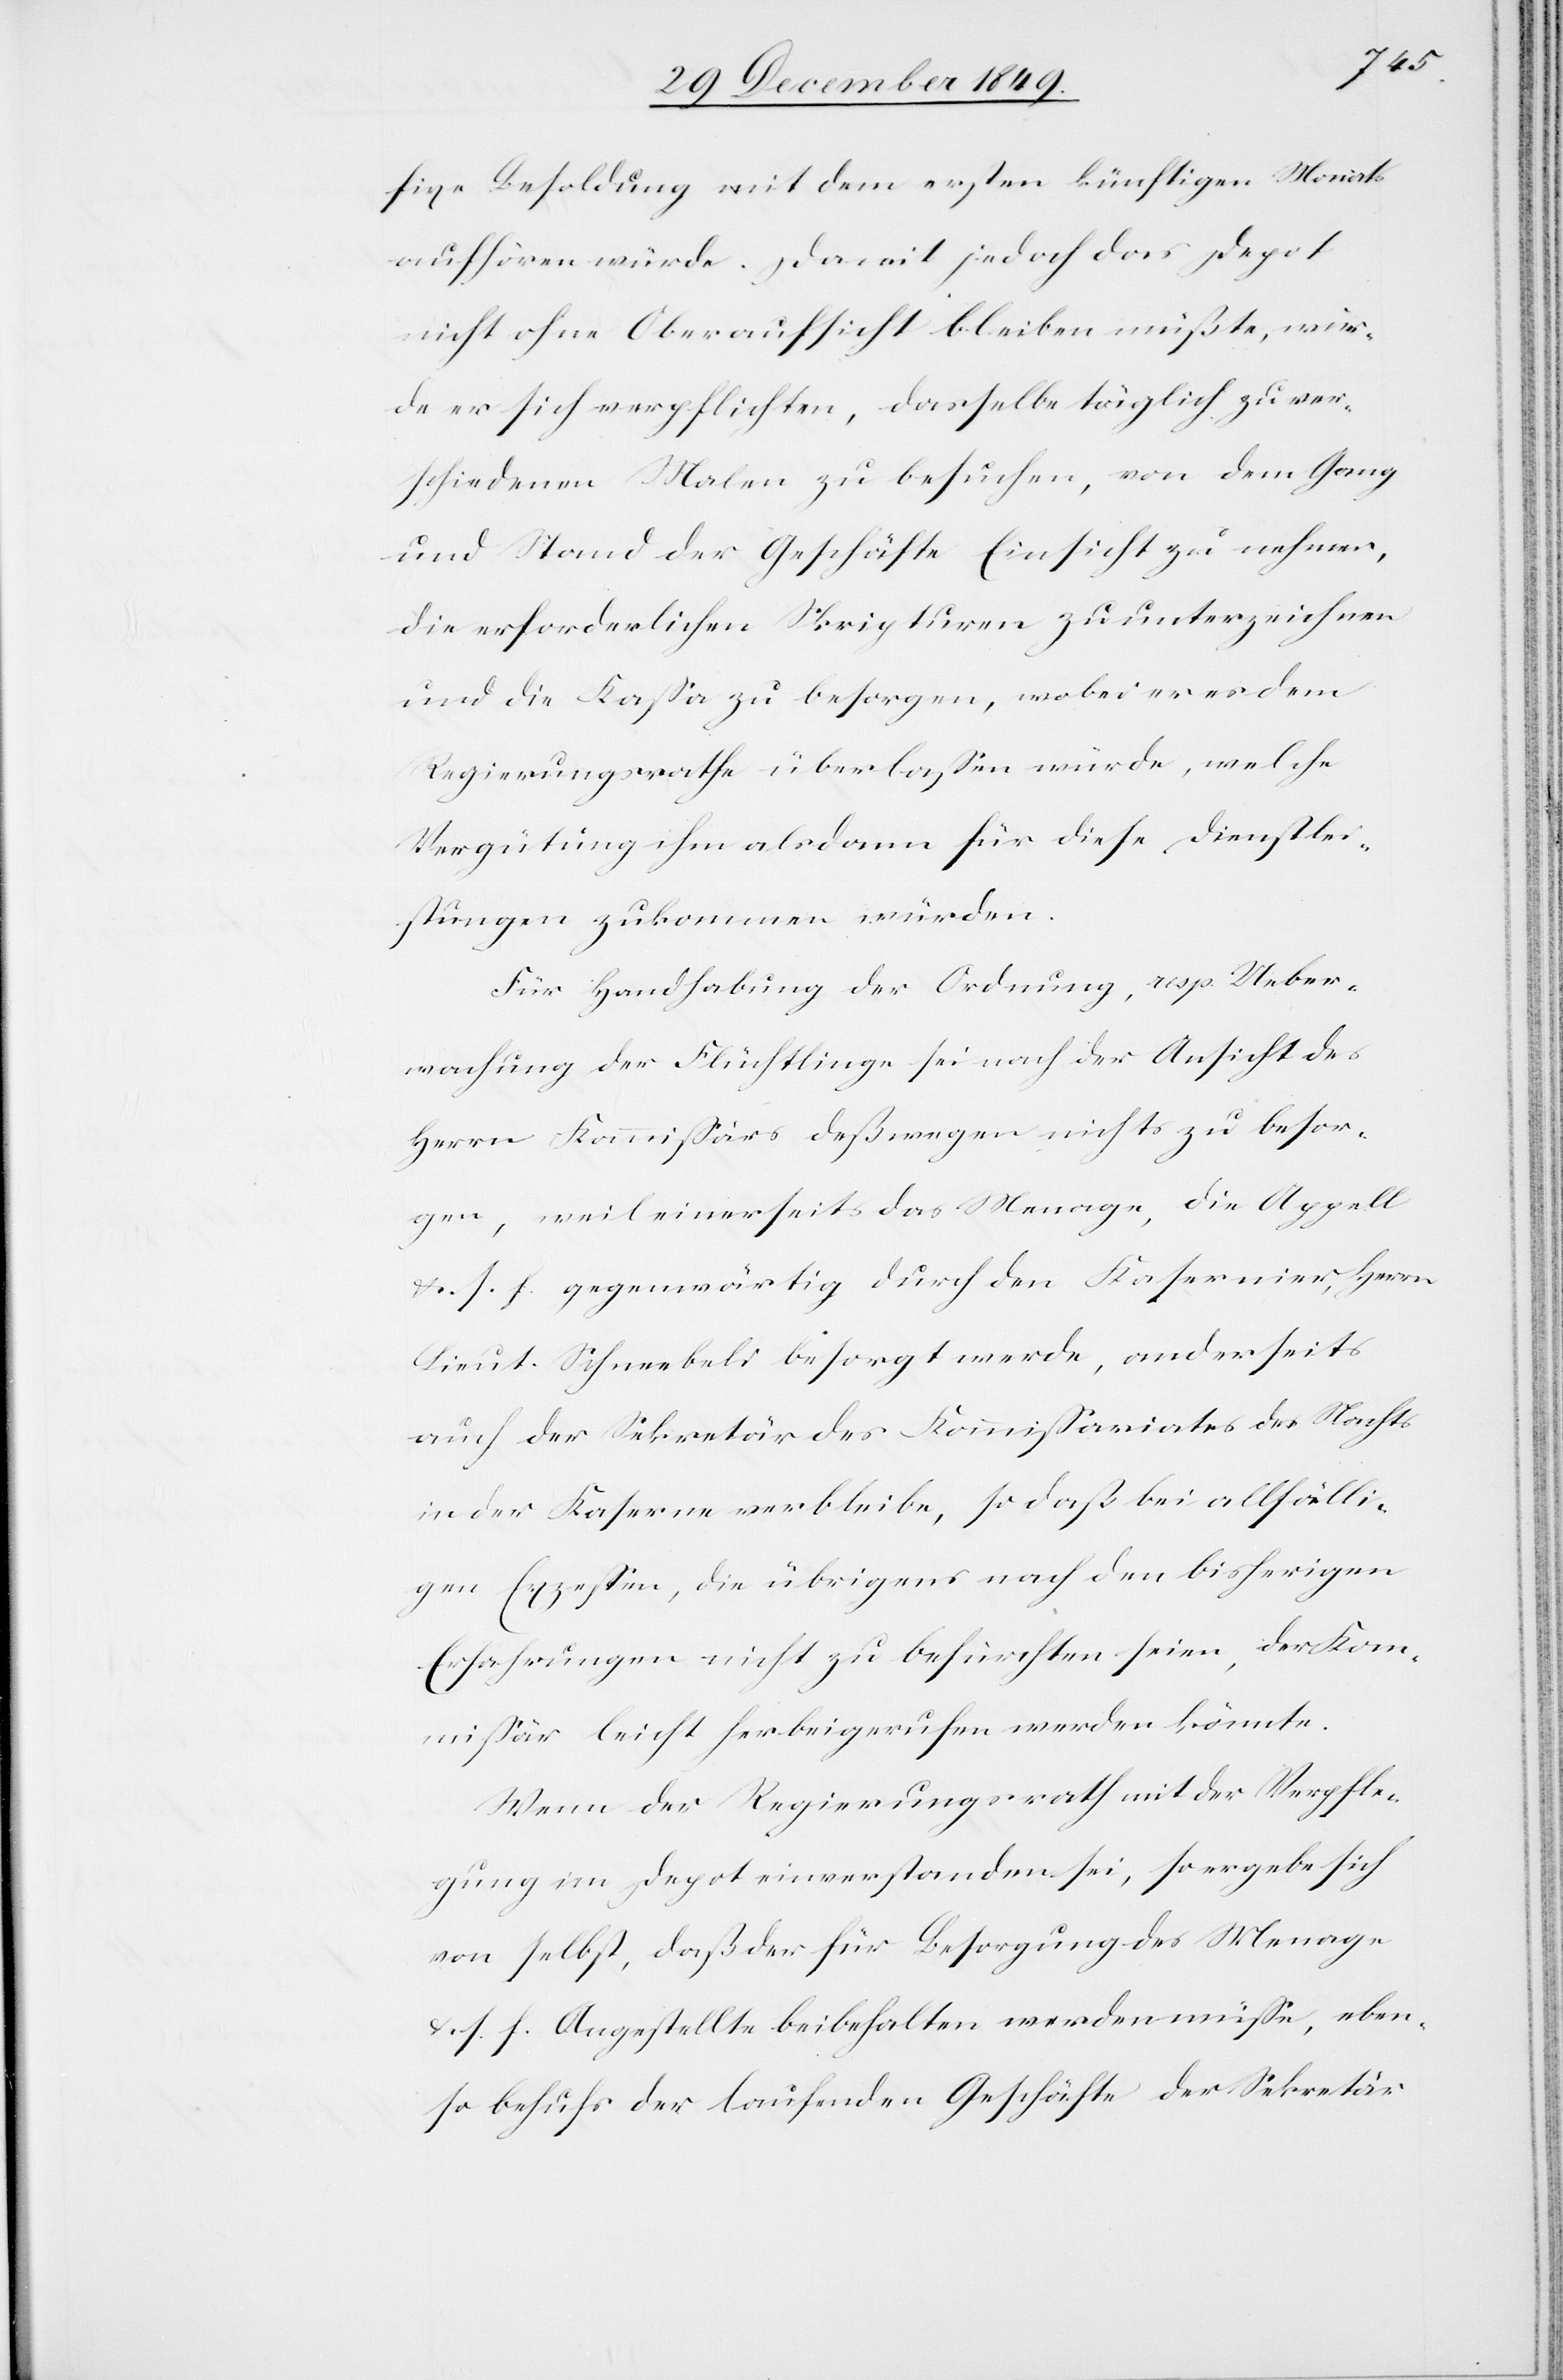
fixe Besoldung mit dem ersten künftigen Monats
aufhören würde. Damit jedoch das Depot
nicht ohne Oberaufsicht bleiben müßte, wür¬
de er sich verpflichten, dasselbe täglich zu ver¬
schiedenen Malen zu besuchen, von dem Gang
und Stand der Geschäfte Einsicht zu nehmen,
die erforderlichen Skripturen zu unterzeichnen
und die Kaßa zu besorgen, wobei er es dem
Regierungsrathe überlaßen würde, welche
Vergütung ihm alsdann für diese Dienstlei¬
stungen zukommen würden.
Für Handhabung der Ordnung, resp. Ueber¬
machung der Flüchtlinge sei nach der Ansicht des
Herrn Kommißärs deßwegen nichts zu besor¬
gen, weil einerseits das Menage, die Appell
u. s. f. gegenwärtig durch den Kasernier, Herrn
Lieut. Schneebeli besorgt werde, anderseits
auch der Sekretär des Kommißariates des Nachts
in der Kaserne verbleibe, so daß bei allfälli¬
gen Exzeßen, die übrigens nach den bisherigen
Erfahrungen nicht zu befürchten seien, der Kom¬
mißär leicht herbeigerufen werden könnte.
Wenn der Regierungsrath mit der Verpfle¬
gung im Depot einverstanden sei, so ergebe sich
von selbst, daß der für Besorgung des Menage
u. s. f. Angestellte beibehalten werden müße, eben¬
so behufs der laufenden Geschäfte der Sekretär